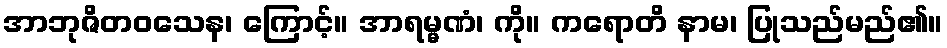
အာဘုဇိတဝသေန၊ ကြောင့်။ အာရမ္မဏံ၊ ကို။ ကရောတိ နာမ၊ ပြုသည်မည်၏။